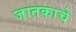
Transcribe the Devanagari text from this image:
जातकाचे